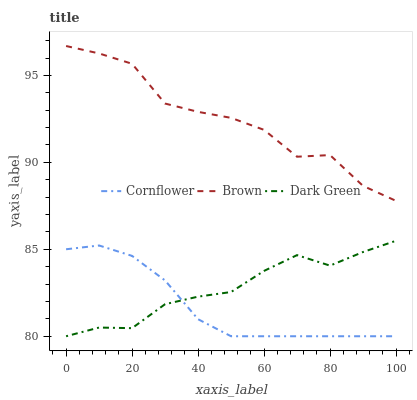
| xaxis_label | Cornflower | Brown | Dark Green |
 | --- | --- | --- | --- |
 | 0 | 85 | 96.7 | 80 |
 | 10 | 85.2 | 96.3 | 80.5 |
 | 20 | 84.6 | 95.7 | 80.5 |
 | 30 | 83.2 | 93.4 | 81.8 |
 | 40 | 81 | 92.9 | 82.3 |
 | 50 | 80 | 92.6 | 82.5 |
 | 60 | 80 | 91.9 | 83.8 |
 | 70 | 80 | 90.3 | 84.7 |
 | 80 | 80 | 90.4 | 84.1 |
 | 90 | 80 | 88.6 | 84.8 |
 | 100 | 80 | 87.8 | 85.5 |